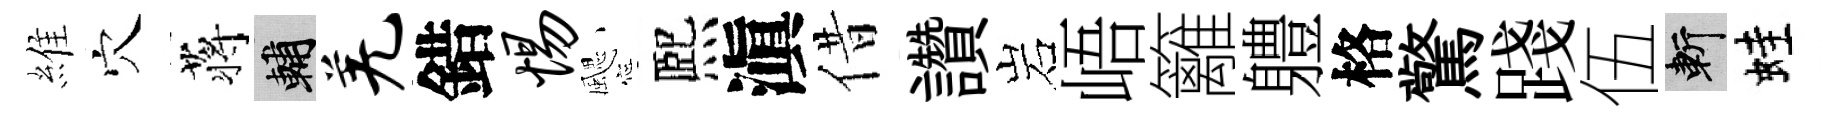
維穴蒋輔羌錯惕颸熈滇借讚岩峿籬軆格驚踐伍斬蛙